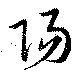
陽